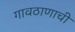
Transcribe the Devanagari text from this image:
गावठाणाची